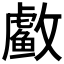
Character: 䲣